Scottish Education Department, 1927
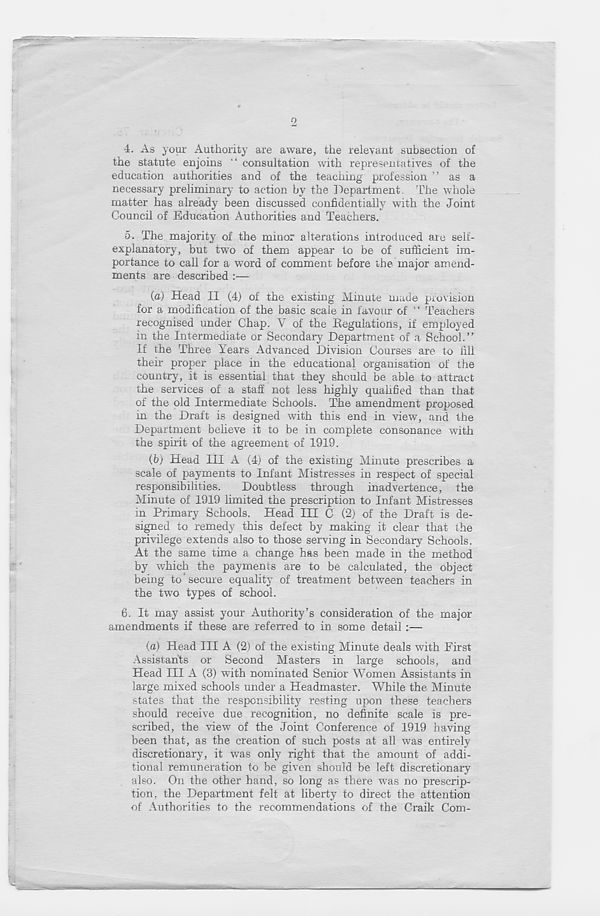
Q
4. As your Authority are aware, the relevant subsection of
the statute enjoins “ consultation with representatives of the
education authorities and of the teaching profession ” as a
necessary preliminary to action by the Department. The whole
matter has already been discussed confidentially with the Joint
Council of Education Authorities and Teachers.
5. The majority of the minor alterations introduced are self-
explanatory, but two of them appear to be of sufficient im-
portance to call for a word of comment before the major amend-
ments are described :—
(a) Head II (4) of the existing Minute made provision
for a modification of the basic scale in favour of “ Teachers
recognised under Chap. Y of the Regulations, if employed
in the Intermediate or Secondary Department of a School.”
If the Three Years Advanced Division Courses are to fill
their proper place in the educational organisation of the
country, it is essential that they should be able to attract
the services of a staff not less highly qualified than that
of the old Intermediate Schools. The amendment proposed
in the Draft is designed with this end in view, and the
Department believe it to be in complete consonance with
the spirit of the agreement of 1919.
(b) Head III A (4) of the existing Minute prescribes a
scale of payments to Infant Mistresses in respect of special
responsibilities.
Doubtless through inadvertence, the
Minute of 1919 limited the prescription to Infant Mistresses
in Primary Schools. Head III C (2) of the Draft is de-
signed to remedy this defect by making it clear that the
privilege extends also to those serving in Secondary Schools.
At the same time a change has been made in the method
by which the payments are to be calculated, the object
being to‘secure equality of treatment between teachers in
the two types of school.
6. It may assist your Authority’s consideration of the major-
amendments if these are referred to in some detail :—
(a) Head III A (2) of the existing Minute deals with First
Assistants or Second Masters in large schools, and
Head III A (3) with nominated Senior Women Assistants in
large mixed schools under a Headmaster. While the Minute
states that the responsibility resting upon these teachers
should receive due recognition, no definite scale is pre-
scribed, the view of the Joint Conference of 1919 having
been that, as the creation of such posts at all was entirely
discretionary, it was only right that the amount of addi-
tional remuneration to be given should be left discretionary
also. On the other hand, so long as there was no prescrip-
tion, the Department felt at liberty to direct the attention
of Authorities to the recommendations of the Craik Com-